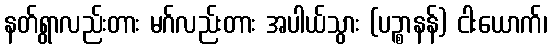
နတ်ရွာလည်းတား မဂ်လည်းတား အပါယ်သွား (ပဉ္စာနန်) ငါးယောက်၊